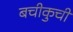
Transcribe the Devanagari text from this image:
बचीकुची